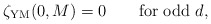
\begin{align*}\zeta_{\rm YM}(0,M)=0 \qquad {\rm for \ odd\ } d,\end{align*}